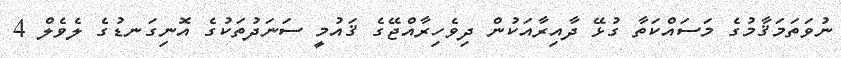
ނުވަތަމަޤާމުގެ މަސައްކަތާ ގުޅޭ ދާއިރާއަކުން ދިވެހިރާއްޖޭގެ ޤައުމީ ސަނަދުތަކުގެ އޮނިގަނޑުގެ ލެވެލް 4